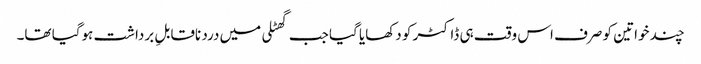
چند خواتین کو صرف اس وقت ہی ڈاکٹر کو دکھایا گیا جب گھٹلی میں درد ناقابلِ برداشت ہوگیا تھا۔